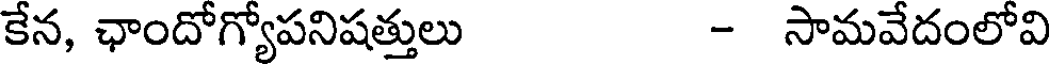
కేన, ఛాందోగ్యోపనిషత్తులు - సామవేదంలోవి